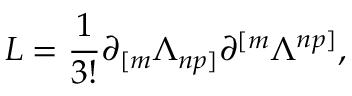
L = { \frac { 1 } { 3 ! } } \partial _ { [ m } \Lambda _ { n p ] } \partial ^ { [ m } \Lambda ^ { n p ] } ,